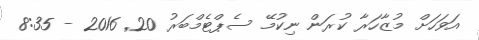
އަވަހަށް މުޒާހަރާ ކުރަން ނިކުމޭ ސެޕްޓެމްބަރު 20